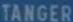
TANGER